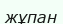
жұпан